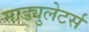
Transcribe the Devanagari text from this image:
माड्युलेटर्स